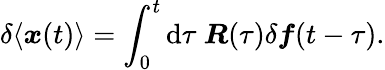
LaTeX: \delta\langle\boldsymbol{x}(t)\rangle=\int_{0}^{t}\mathrm{d}\tau~\boldsymbol{R}(\tau)\delta\boldsymbol{f}(t-\tau).